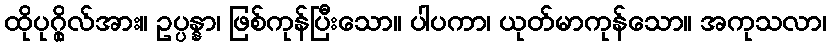
ထိုပုဂ္ဂိုလ်အား။ ဥပ္ပန္နာ၊ ဖြစ်ကုန်ပြီးသော။ ပါပကာ၊ ယုတ်မာကုန်သော။ အကုသလာ၊